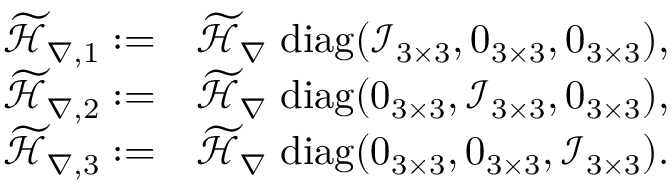
\begin{array} { r l } { \widetilde { \mathcal { H } } _ { \nabla , 1 } : = } & { \widetilde { \mathcal { H } } _ { \nabla } \; \mathrm { d i a g } ( \mathcal { I } _ { 3 \times 3 } , \boldsymbol { 0 } _ { 3 \times 3 } , \boldsymbol { 0 } _ { 3 \times 3 } ) , } \\ { \widetilde { \mathcal { H } } _ { \nabla , 2 } : = } & { \widetilde { \mathcal { H } } _ { \nabla } \; \mathrm { d i a g } ( \boldsymbol { 0 } _ { 3 \times 3 } , \mathcal { I } _ { 3 \times 3 } , \boldsymbol { 0 } _ { 3 \times 3 } ) , } \\ { \widetilde { \mathcal { H } } _ { \nabla , 3 } : = } & { \widetilde { \mathcal { H } } _ { \nabla } \; \mathrm { d i a g } ( \boldsymbol { 0 } _ { 3 \times 3 } , \boldsymbol { 0 } _ { 3 \times 3 } , \mathcal { I } _ { 3 \times 3 } ) . } \end{array}